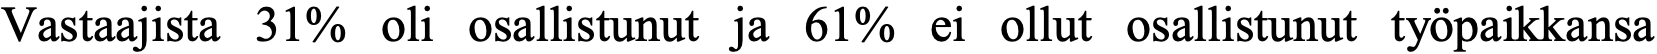
Vastaajista 31% oli osallistunut ja 61% ei ollut osallistunut työpaikkansa